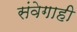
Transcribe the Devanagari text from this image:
संवेगाही